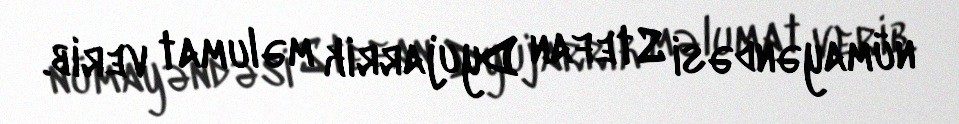
nümayəndəsi Stefan Dyujarrik məlumat verib.